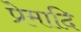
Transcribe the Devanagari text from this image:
प्रेमादि